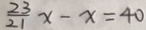
\frac { 2 3 } { 2 1 } x - x = 4 0